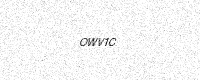
Text: OWV1C